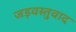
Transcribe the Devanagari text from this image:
जड़वस्तुवाद